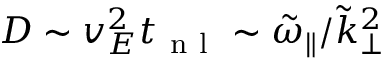
D \sim v _ { E } ^ { 2 } t _ { \mathrm { ~ n ~ l ~ } } \sim \tilde { \omega } _ { \parallel } / { \tilde { k } _ { \perp } } ^ { 2 }